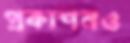
প্রকাশনও